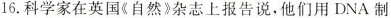
16.科学家在英国《自然》杂志上报告说，他们用DNA制